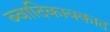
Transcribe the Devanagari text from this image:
ब्वादिकावकाद